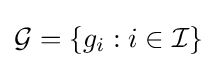
{\mathcal {G}}=\{g_{i}:i\in {\mathcal {I}}\}